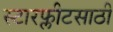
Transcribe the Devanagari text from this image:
स्टारफ्लीटसाठी